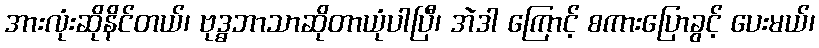
အားလုံးဆိုနိင်တယ်၊ ဗုဒ္ဓဘာသာဆိုတာယုံပါပြီ၊ အဲဒါ ကြောင့် စကားပြောခွင့် ပေးမယ်၊